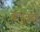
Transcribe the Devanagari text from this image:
बाभुळबन